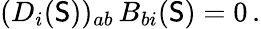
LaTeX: (D_{i}(\mathsf{S}))_{ab}\, B_{bi}(\mathsf{S})=0\, .